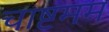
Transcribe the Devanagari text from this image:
चाष्टमम